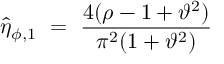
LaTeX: \hat { \eta } _ { \phi , 1 } ~ = ~ \frac { 4 ( \rho - 1 + \vartheta ^ { 2 } ) } { \pi ^ { 2 } ( 1 + \vartheta ^ { 2 } ) }